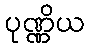
ပုဏ္ဏိယ